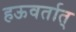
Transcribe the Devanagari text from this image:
हऊवर्तात्